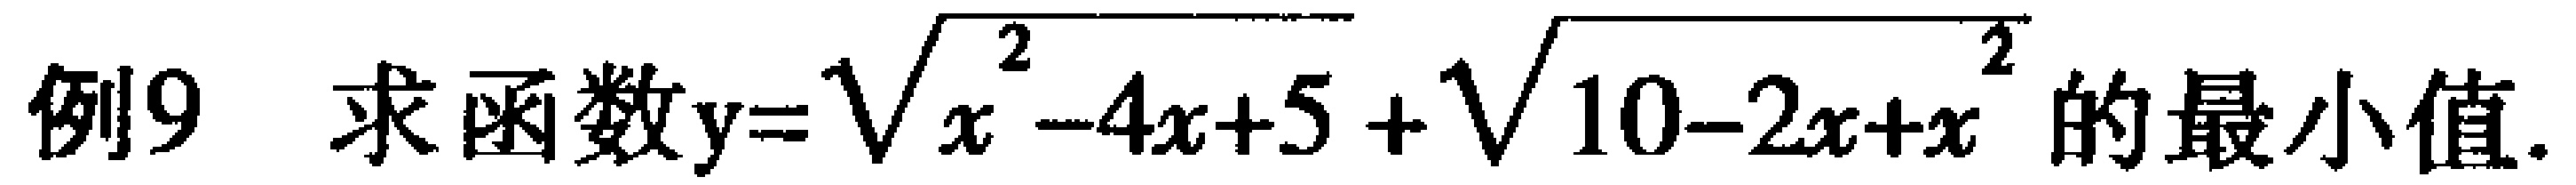
例9 求函数\(y = \sqrt{x^{2}-4x + 5}+\sqrt{10 - 2x + x^{2}}\)的最小值.